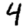
Digit: 4